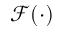
\mathcal F ( \cdot )